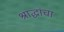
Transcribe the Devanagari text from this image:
श्राद्धांचा